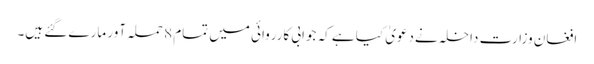
افغان وزارت داخلہ نےدعویٰ کیا ہے کہ جوابی کارروائی میں تمام 8 حملہ آور مارے گئے ہیں۔